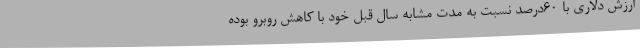
ارزش دلاری با 60درصد نسبت به مدت مشابه سال قبل خود با کاهش روبرو بوده